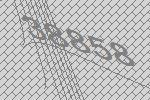
38858